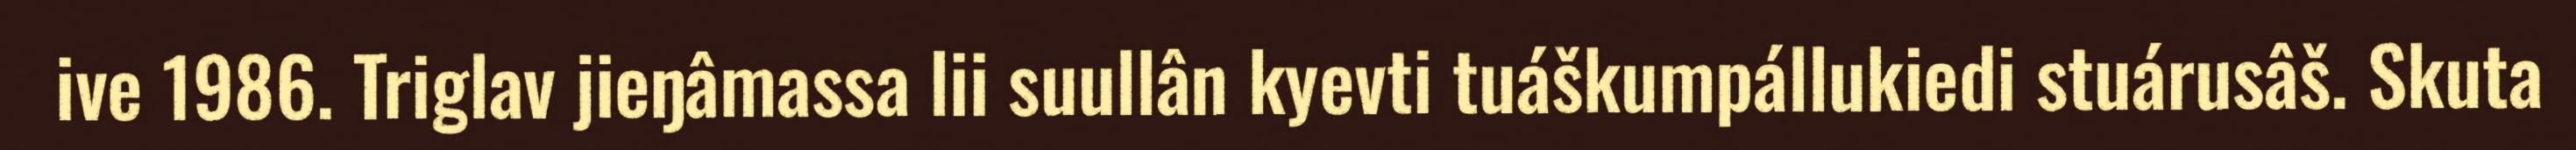
ive 1986. Triglav jieŋâmassa lii suullân kyevti tuáškumpállukiedi stuárusâš. Skuta